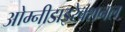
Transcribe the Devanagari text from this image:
ओम्नीडाइरेक्शनल